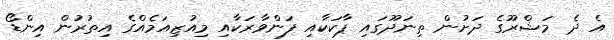
އެ ދެ މަޝްރޫގެ ދަށުން ތިނަދޫގައި ޕާކަކާއި ފަންވާރަކާއި މިއުޒިއަމެއްގެ އިތުރުން އިންޑޯ